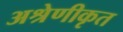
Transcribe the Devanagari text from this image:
अश्रेणीकृत